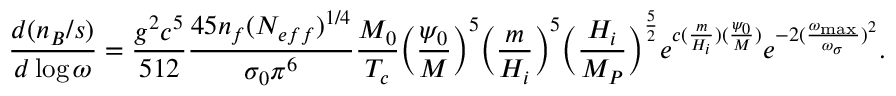
\frac { d ( n _ { B } / s ) } { d \log { \omega } } = \frac { g ^ { 2 } c ^ { 5 } } { 5 1 2 } \frac { 4 5 n _ { f } ( N _ { e f f } ) ^ { 1 / 4 } } { \sigma _ { 0 } \pi ^ { 6 } } \frac { M _ { 0 } } { T _ { c } } \biggl ( \frac { \psi _ { 0 } } { M } \biggr ) ^ { 5 } \biggl ( \frac { m } { H _ { i } } \biggr ) ^ { 5 } \biggl ( \frac { H _ { i } } { M _ { P } } \biggr ) ^ { \frac { 5 } { 2 } } e ^ { c ( \frac { m } { H _ { i } } ) ( \frac { \psi _ { 0 } } { M } ) } e ^ { - 2 ( \frac { \omega _ { \mathrm { m a x } } } { \omega _ { \sigma } } ) ^ { 2 } } .